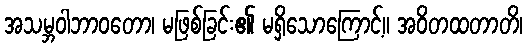
အသမ္ဘဝါဘာဝတော၊ မဖြစ်ခြင်း၏ မရှိသောကြောင့်။ အဝိတထတာတိ၊